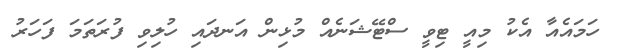
ހަމައެއާ އެކު މިއީ ޓިވީ ސްޓޭޝަނެއް މުޅިން އަނދައި ހުލިވި ފުރަތަމަ ފަހަރު